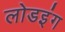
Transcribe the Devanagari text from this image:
लोडइंग